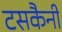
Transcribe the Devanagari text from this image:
टसकैनी